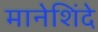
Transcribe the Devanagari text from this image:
मानेशिंदे